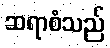
ဆရာစံသည်